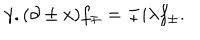
LaTeX: \gamma . ( \partial \pm x ) f _ { \mp } = \mp i \lambda f _ { \pm } .